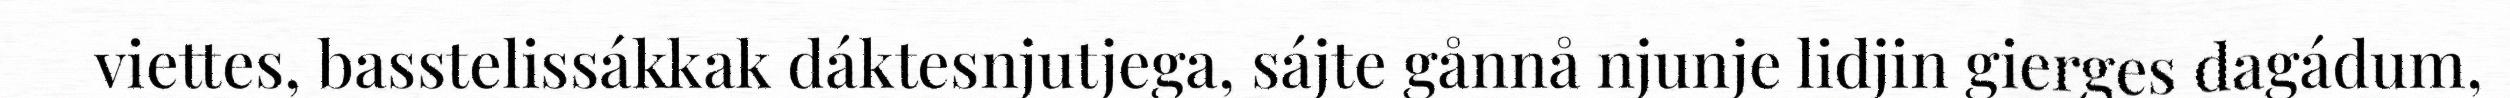
viettes, basstelissákkak dáktesnjutjega, sájte gånnå njunje lidjin gierges dagádum,